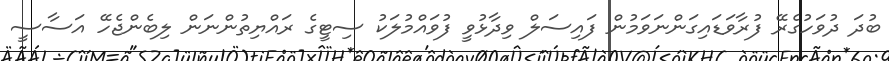
ބުދަ ދުވަހުގެރޭ ފުރާވަޑައިގަންނަވަމުން ފައިސަލް ވިދާޅުވީ ފުވައްމުލަކު ސިޓީގެ ރައްޔިތުންނަން ލިބެންޖެހޭ އަސާސީ